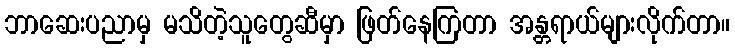
ဘာဆေးပညာမှ မသိတဲ့သူတွေဆီမှာ ဖြတ်နေကြတာ အန္တရာယ်များလိုက်တာ။